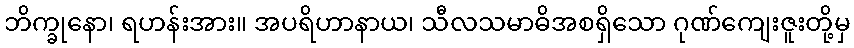
ဘိက္ခုနော၊ ရဟန်းအား။ အပရိဟာနာယ၊ သီလသမာဓိအစရှိသော ဂုဏ်ကျေးဇူးတို့မှ